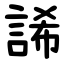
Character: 䛥